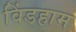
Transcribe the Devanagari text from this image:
विंडहाम